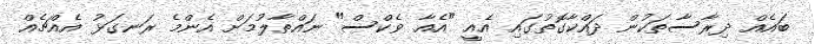
ބައެއް ދިރާސާތަކުން ދައްކާގޮތުގައި އެއީ "އެއާ ވެކްސް" ނައްތާލުމަށް އެންމެ ރަނގަޅު އެއްޗެއް